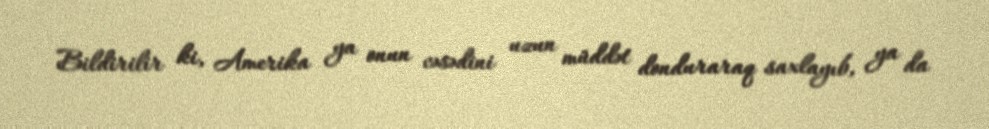
Bildirilir ki, Amerika ya onun cəsədini uzun müddət donduraraq saxlayıb, ya da